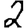
Digit: 2